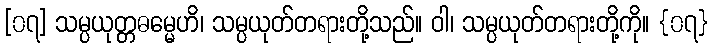
[၀၇] သမ္ပယုတ္တဓမ္မေဟိ၊ သမ္ပယုတ်တရားတို့သည်။ ဝါ၊ သမ္ပယုတ်တရားတို့ကို။ {၀၇}